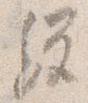
経